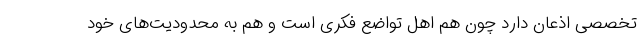
تخصصی اذعان دارد چون هم اهل تواضع فکری است و هم به محدودیت‌های خود